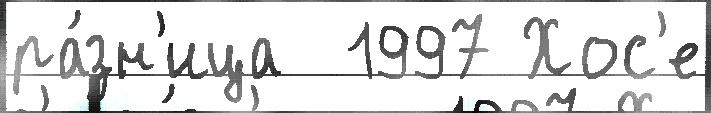
ра́зн'ица  1997 Хос'е